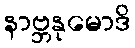
နာဗ္ဘနုမောဒိ